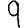
Digit: 9